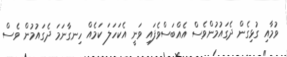
ވުމާއި ގުޅިގެން ދެގައުމުންވެސް އެއްބަސްވެފައި ވަނީ އެކަހަލަ ކަމެއް ހިނގާނަމަ ދެގައުމުން ވެސް